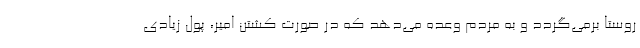
روستا برمی‌گردد و به مردم وعده می‌دهد که در صورت کشتن امیر، پول زیادی